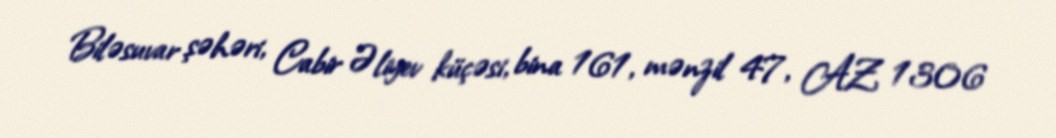
Biləsuvar şəhəri, Cabir Əliyev küçəsi, bina 161, mənzil 47, AZ 1306